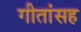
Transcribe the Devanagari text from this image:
गीतांसह